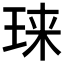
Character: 𱮾